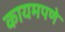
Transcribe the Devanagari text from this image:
कायमपणे